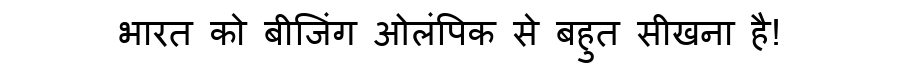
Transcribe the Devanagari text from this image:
भारत को बीजिंग ओलंपिक से बहुत सीखना है!